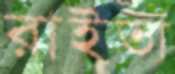
রাইতা